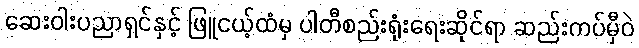
ဆေးဝါးပညာရှင်နှင့် ဖြူငယ့်ထံမှ ပါတီစည်းရုံးရေးဆိုင်ရာ ဆည်းကပ်မှီဝဲ